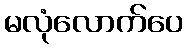
မလုံလောက်ပေ